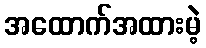
အထောက်အထားမဲ့